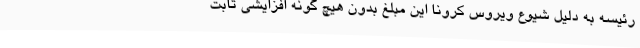
رئیسه به دلیل شیوع ویروس کرونا این مبلغ بدون هیچ گونه افزایشی ثابت